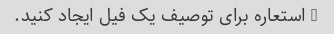
3 استعاره برای توصیف یک فیل ایجاد کنید.